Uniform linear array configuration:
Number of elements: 8
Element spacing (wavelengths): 0.75
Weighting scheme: exponential
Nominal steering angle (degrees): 60
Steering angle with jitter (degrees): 60.993
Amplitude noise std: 0.05
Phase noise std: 0.05

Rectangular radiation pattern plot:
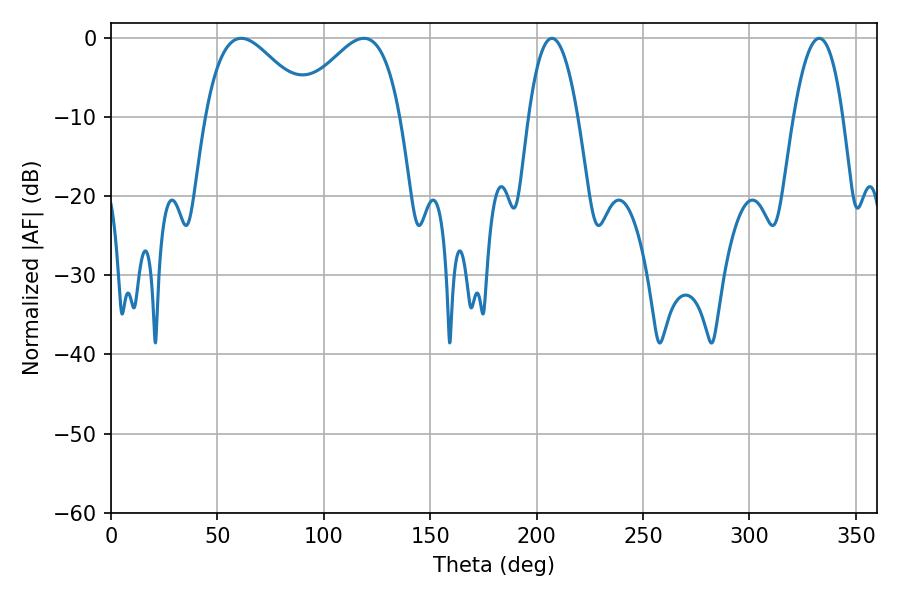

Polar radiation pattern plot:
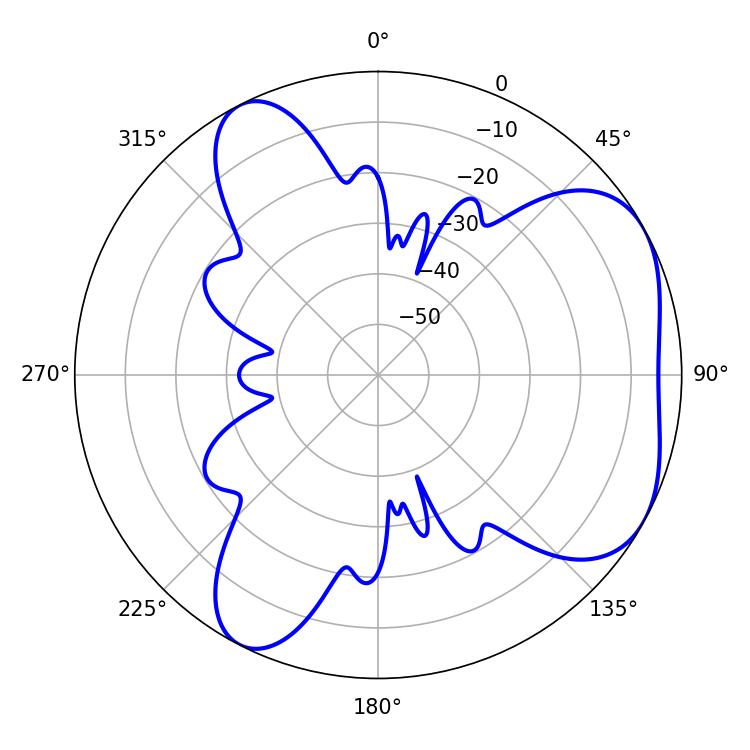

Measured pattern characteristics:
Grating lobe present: TRUE
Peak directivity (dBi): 4.835
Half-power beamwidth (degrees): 26.64
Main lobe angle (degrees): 61.2